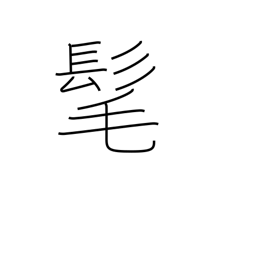
Meaning: long hair